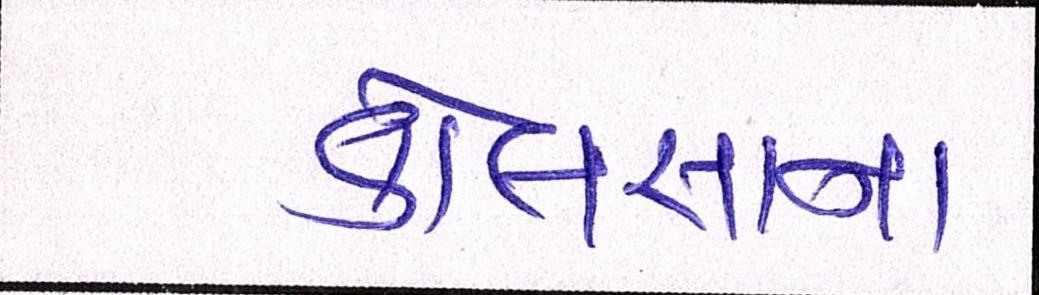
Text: કોલસાના